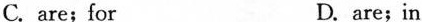
C. are; for D. are; in